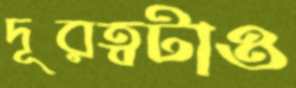
দূরত্বটাও